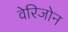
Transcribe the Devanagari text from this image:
वेरिजोन